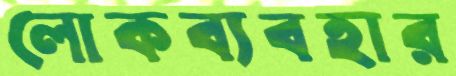
লোকব্যবহার